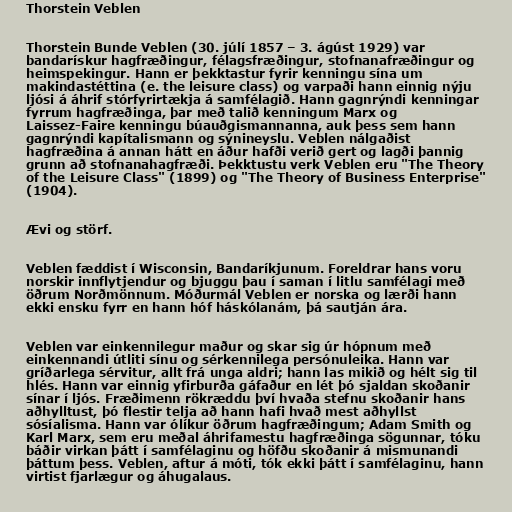
Thorstein Veblen

Thorstein Bunde Veblen (30. júlí 1857 – 3. ágúst 1929) var
bandarískur hagfræðingur, félagsfræðingur, stofnanafræðingur og
heimspekingur. Hann er þekktastur fyrir kenningu sína um
makindastéttina (e. the leisure class) og varpaði hann einnig nýju
ljósi á áhrif stórfyrirtækja á samfélagið. Hann gagnrýndi kenningar
fyrrum hagfræðinga, þar með talið kenningum Marx og
Laissez-Faire kenningu búauðgismannanna, auk þess sem hann
gagnrýndi kapítalismann og sýnineyslu. Veblen nálgaðist
hagfræðina á annan hátt en áður hafði verið gert og lagði þannig
grunn að stofnanahagfræði. Þekktustu verk Veblen eru "The Theory
of the Leisure Class" (1899) og "The Theory of Business Enterprise"
(1904).

Ævi og störf.

Veblen fæddist í Wisconsin, Bandaríkjunum. Foreldrar hans voru
norskir innflytjendur og bjuggu þau í saman í litlu samfélagi með
öðrum Norðmönnum. Móðurmál Veblen er norska og lærði hann
ekki ensku fyrr en hann hóf háskólanám, þá sautján ára.

Veblen var einkennilegur maður og skar sig úr hópnum með
einkennandi útliti sínu og sérkennilega persónuleika. Hann var
gríðarlega sérvitur, allt frá unga aldri; hann las mikið og hélt sig til
hlés. Hann var einnig yfirburða gáfaður en lét þó sjaldan skoðanir
sínar í ljós. Fræðimenn rökræddu því hvaða stefnu skoðanir hans
aðhylltust, þó flestir telja að hann hafi hvað mest aðhyllst
sósíalisma. Hann var ólíkur öðrum hagfræðingum; Adam Smith og
Karl Marx, sem eru meðal áhrifamestu hagfræðinga sögunnar, tóku
báðir virkan þátt í samfélaginu og höfðu skoðanir á mismunandi
þáttum þess. Veblen, aftur á móti, tók ekki þátt í samfélaginu, hann
virtist fjarlægur og áhugalaus.